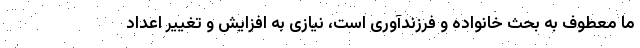
ما معطوف به بحث خانواده و فرزندآوری است، نیازی به افزایش و تغییر اعداد